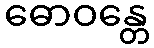
ဓောဝန္တေ